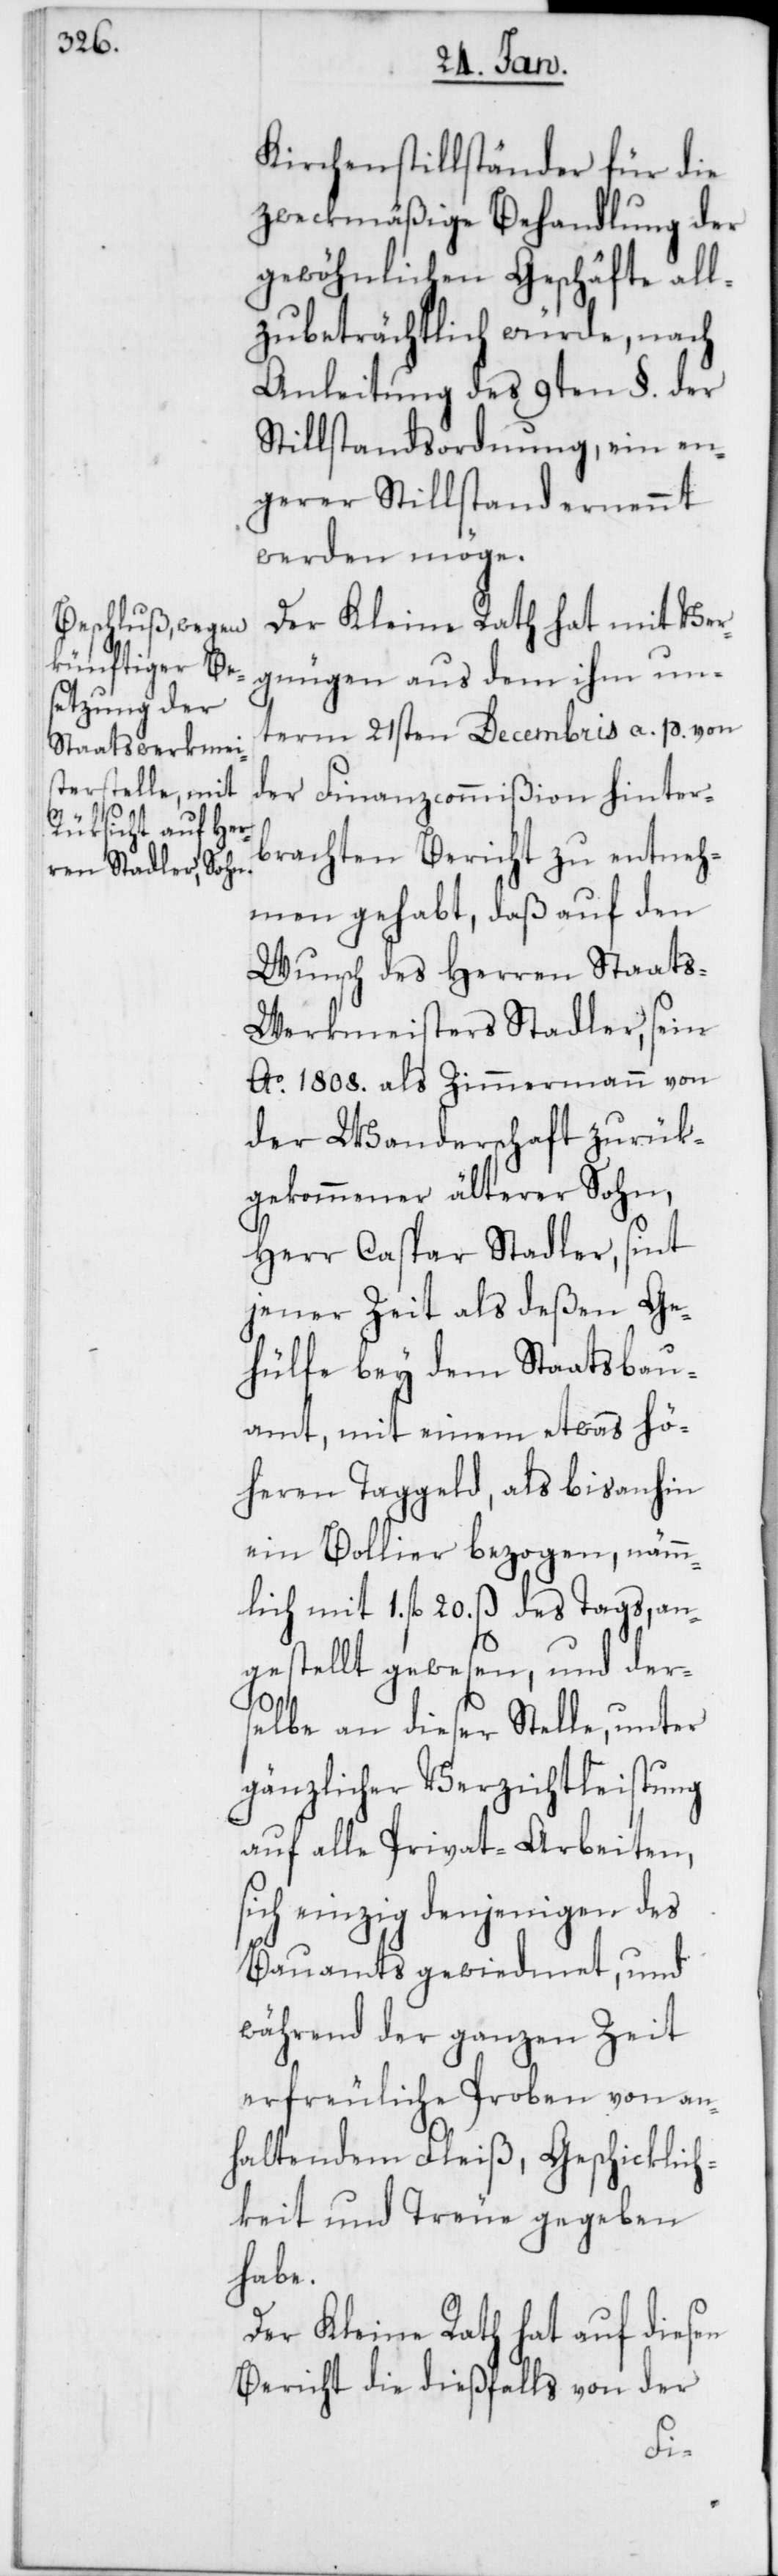
Kirchenstillständer für die
zweckmäßige Behandlung der
gewöhnlichen Geschäfte all¬
zubeträchtlich würde, nach
Anleitung des 9ten §. der
Stillstandsordnung, ein en¬
gerer Stillstand ernennt
werden möge.
Der Kleine Rath hat mit Ver¬
gnügen aus dem ihm un¬
term 21sten Decembris a. p. von
der Finanzcommißion hinter¬
brachten Bericht zu entneh¬
men gehabt, daß auf den
Wunsch des Herren Staats-W¬
erkmeisters Stadler, sein
Ao. 1808. als Zimmermann von
der Wanderschaft zurük¬
gekommener älterer Sohn,
Herr Caspar Stadler, sint
jener Zeit als deßen Ge¬
hülfe bey dem Staatsbau¬
amt, mit einem etwas hö¬
heren Taggeld, als bis anhin
ein Bollier bezogen, nämm¬
lich mit 1. fl. 20. ß des Tags, an¬
gestellt gewesen, und der¬
selbe an dieser Stelle, unter
gänzlicher Verzichtleistung
auf alle Privat-Arbeiten,
sich einzig denjenigen des
Bauamts gewiedmet, und
während der ganzen Zeit
erfreuliche Proben von an¬
haltendem Fleiß, Geschicklich¬
keit und Treue gegeben
habe.
Der Kleine Rath hat auf diesen
Bericht die dießfalls von der